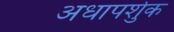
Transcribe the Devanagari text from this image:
अधापर्शुक